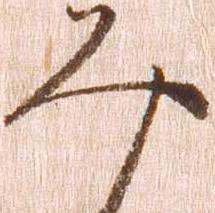
み